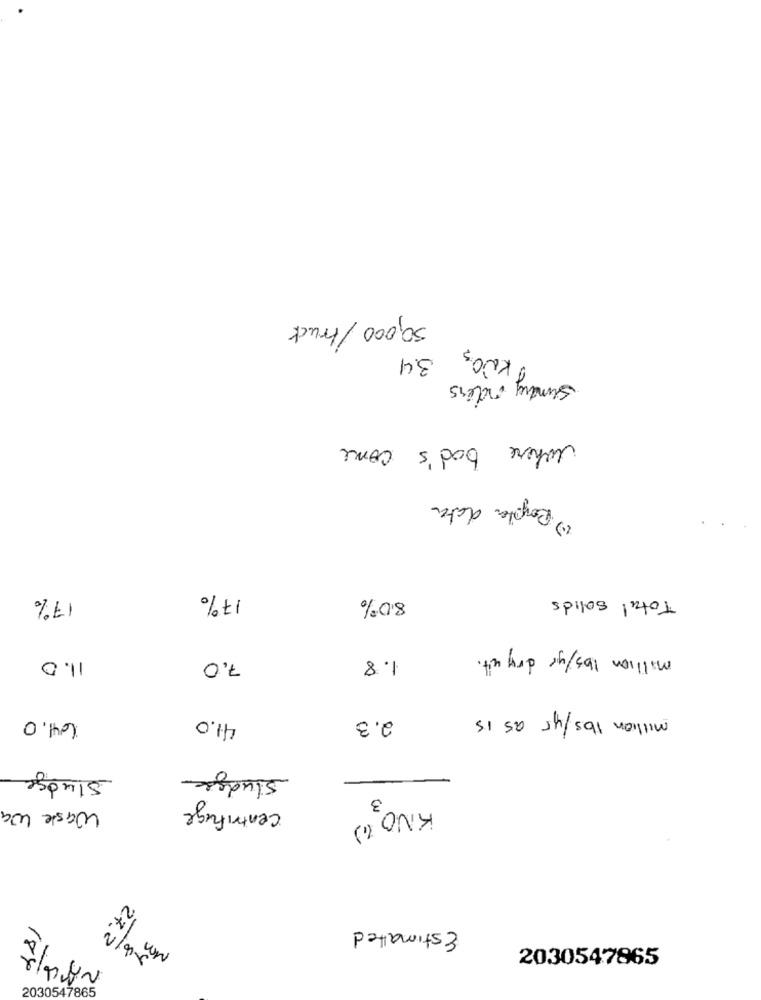
50,000 / truck
KNO3
3.4
Sundry orders
where bod's come
(1) Royola data
17%
17%
8.0%
Total solids
1.8
million lbs/ yr dry uit .
11.0
7,0
64.0
41.0
2.3
million lbs/yr as is
Sludge
Sludge
3
Waste Wa
centrifuge
KNO (1)
Estimated
27.º
2-06/1
2030547865
184
2030547865